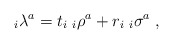
\begin{align*}_i\lambda^a=t_i\;_i\rho^a+r_i\;_i\sigma^a\;,\end{align*}